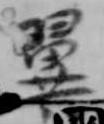
翼